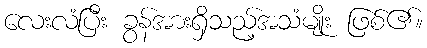
လေးလံပြီး ခွန်အားရှိသည့်အသံမျိုး ဖြစ်၏။